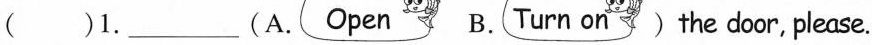
( )1. ___ (A.Open B.Turn on the door, please.